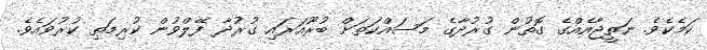
ކަމެކެވެ. ނަތީޖާއެއްގެ ގޮތުން ގުރުދާގެ މަސައްކަތަށް ބުރޫއަރައި ގުރުދާ ފޭލްވުން ކުރިމަތި ކުރުވައެވެ.